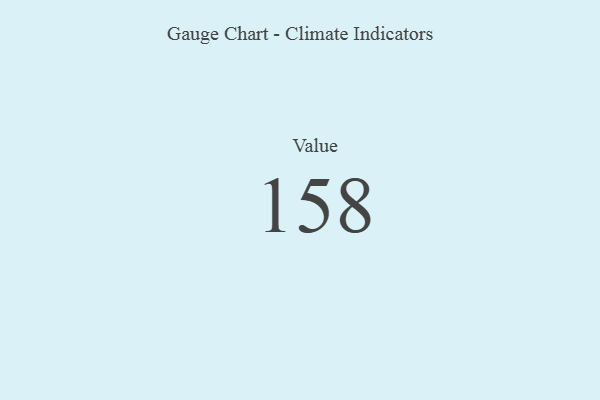
{"axis": {"x": "Metric", "y": "Value"}, "legend": [""], "data": [{"x": "Value", "y": 158, "type": ""}]}